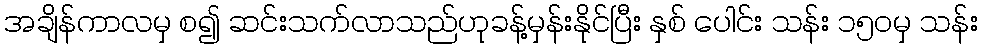
အချိန်ကာလမှ စ၍ ဆင်းသက်လာသည်ဟုခန့်မှန်းနိုင်ပြီး နှစ် ပေါင်း သန်း ၁၅၀မှ သန်း